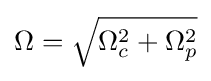
\Omega ={\sqrt {\Omega _{c}^{2}+\Omega _{p}^{2}}}